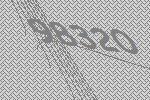
98320